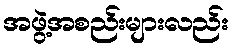
အဖွဲ့အစည်းများလည်း